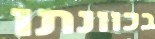
בכוונתו